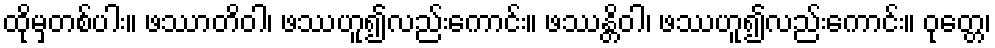
ထိုမှတစ်ပါး။ ဖဿာတိဝါ၊ ဖဿဟူ၍လည်းကောင်း။ ဖဿန္တိဝါ၊ ဖဿဟူ၍လည်းကောင်း။ ဝုတ္တေ၊